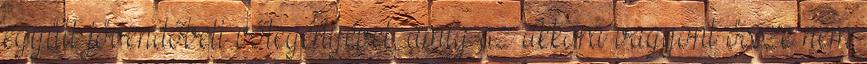
együtt jövendőbeli vőlegényével, amíg az akkora vagyont össze nem